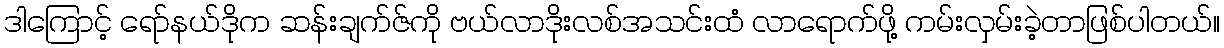
ဒါကြောင့် ရော်နယ်ဒိုက ဆန်းချက်ဇ်ကို ဗယ်လာဒိုးလစ်အသင်းထံ လာရောက်ဖို့ ကမ်းလှမ်းခဲ့တာဖြစ်ပါတယ်။